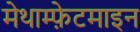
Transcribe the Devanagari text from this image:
मेथाम्फ़ेटमाइन